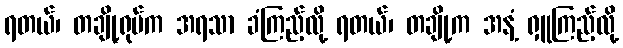
ရတယ်၊ တချို့ရုပ်က အရသာ ခံကြည့်လို့ ရတယ်၊ တချို့က အနံ့ ရှူကြည့်လို့